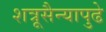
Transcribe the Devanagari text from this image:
शत्रूसैन्यापुढे